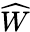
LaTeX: \widehat{W}